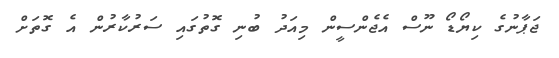
ޖަޕާނުގެ ކިޔޯޑޯ ނޫސް އެޖެންސީން މިއަދު ބުނި ގޮތުގައި ސަރުކާރުން އެ ގޮތަށް